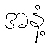
အနံ့